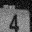
Digit: 4